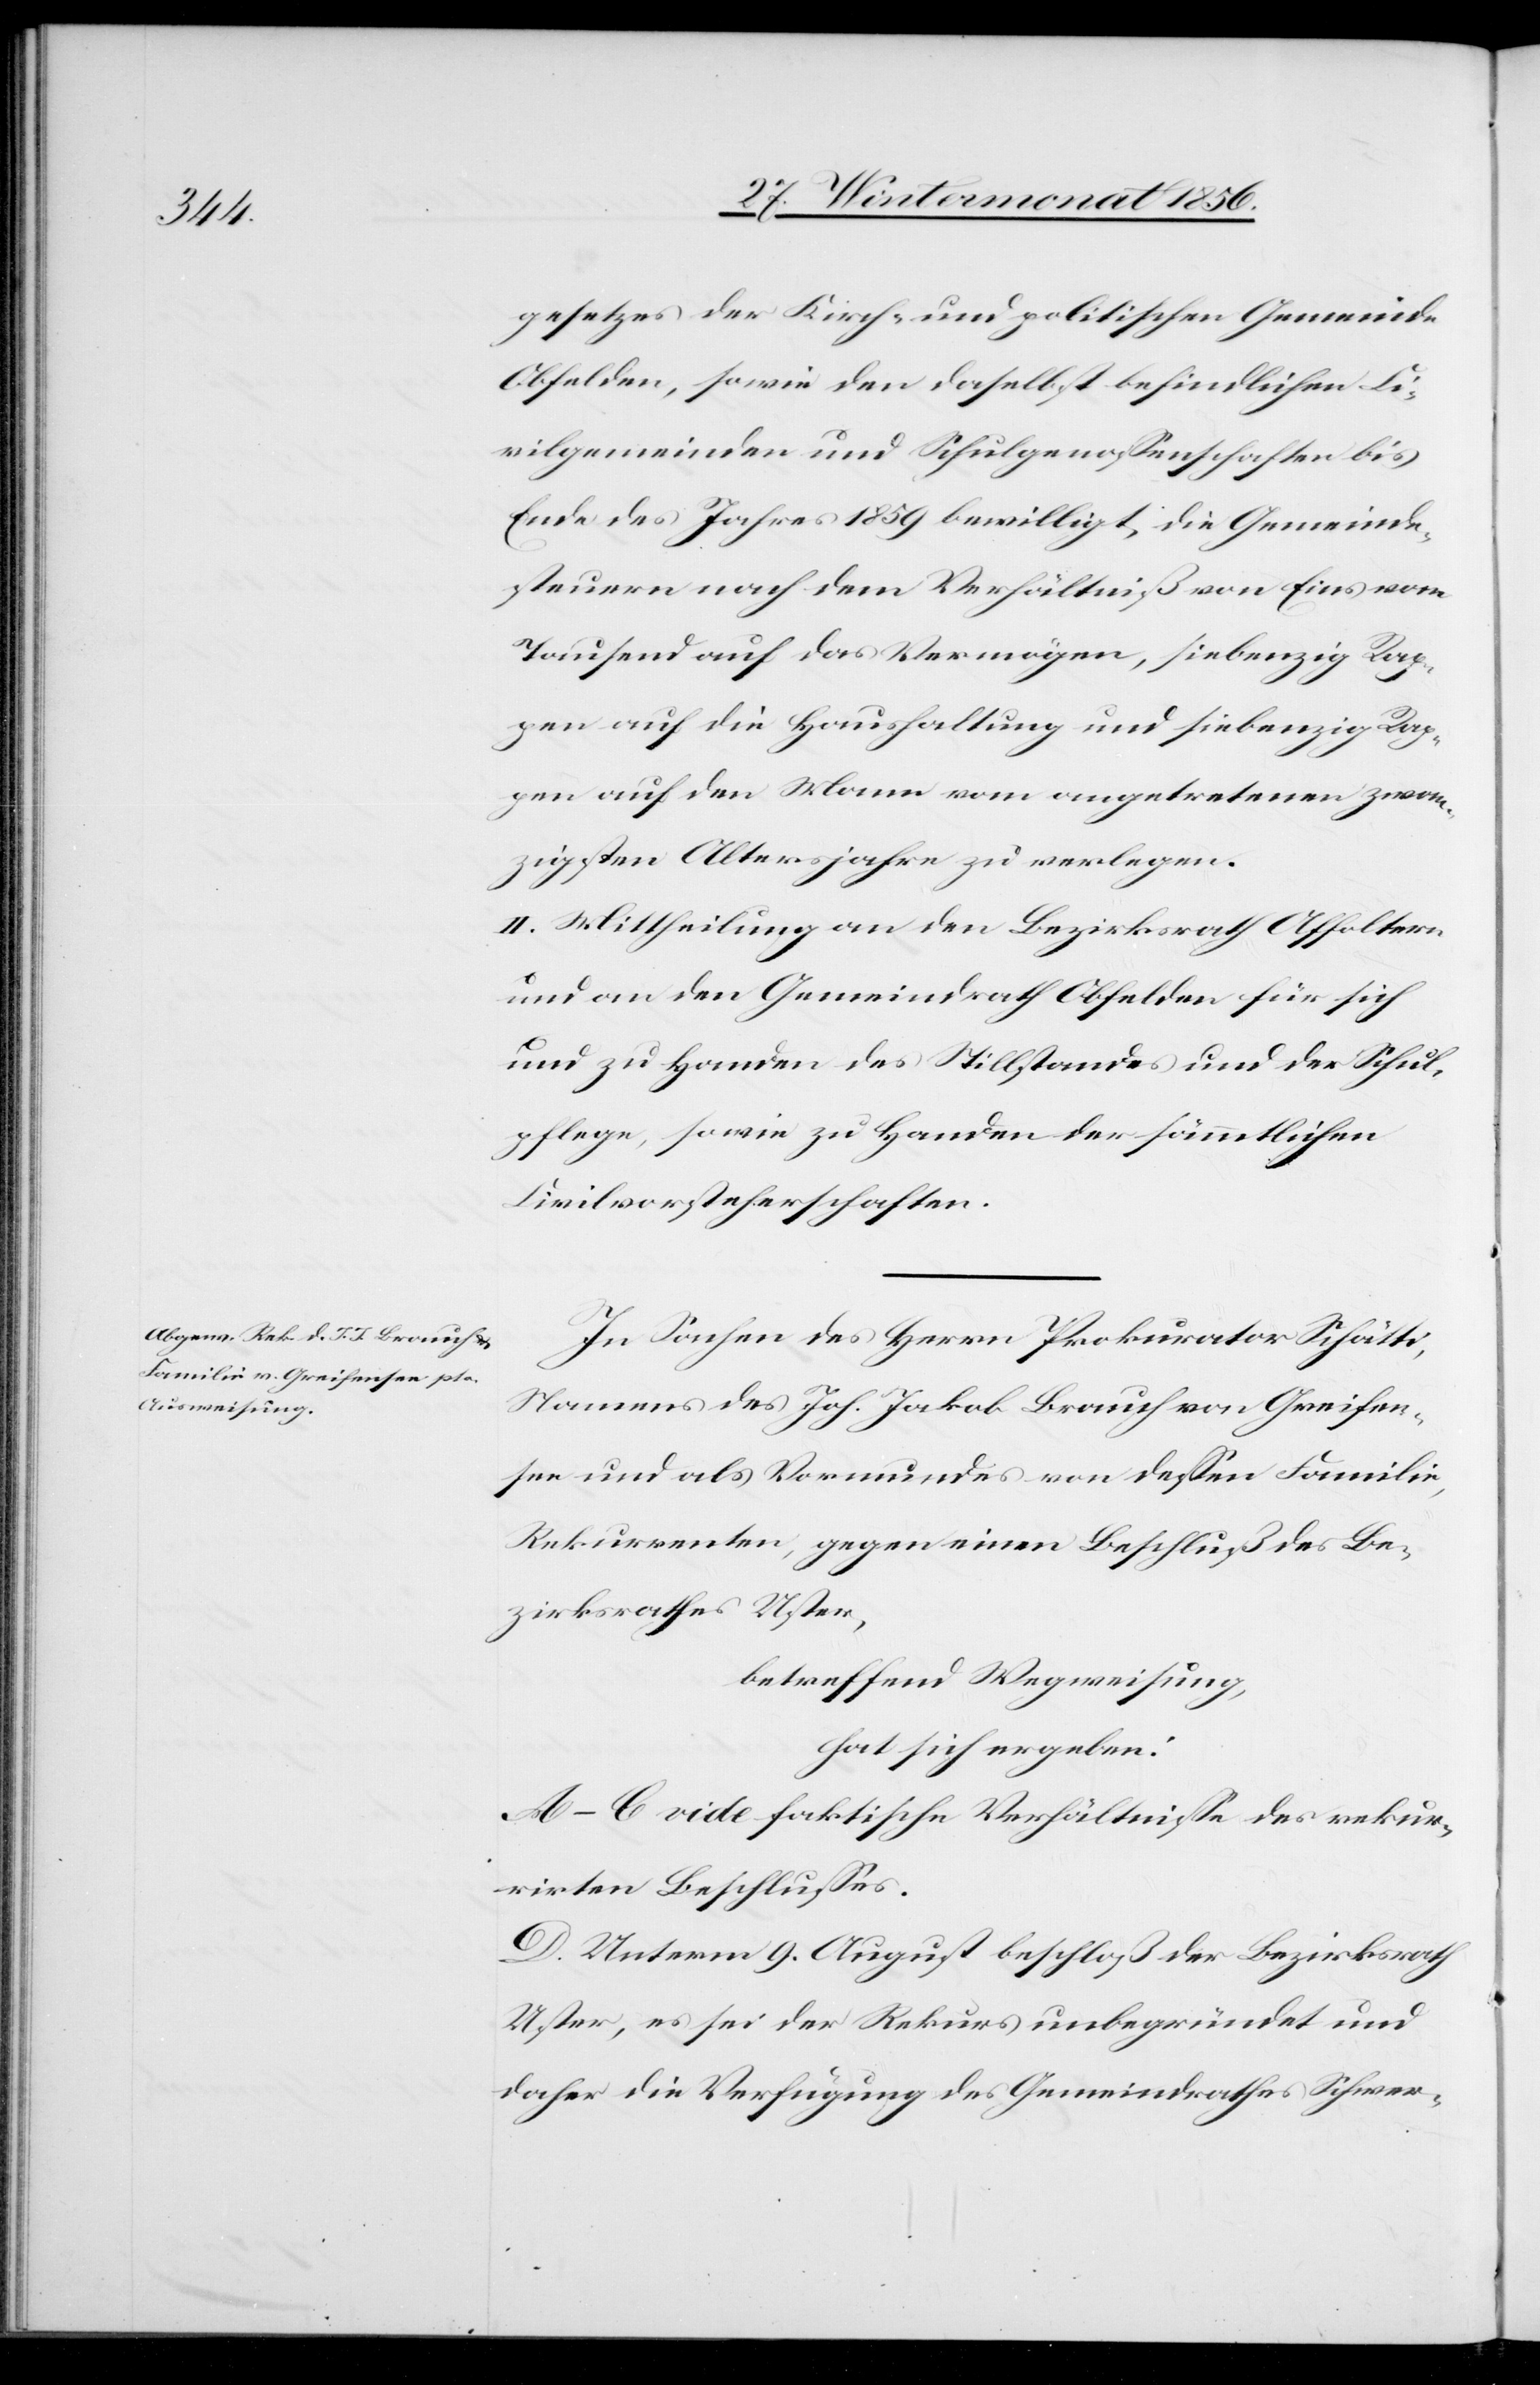
gesetzes der Kirch- und politischen Gemeinde
Obfelden, sowie den daselbst befindlichen Ci¬
vilgemeinden und Schulgenossenschaften bis
Ende des Jahres 1859 bewilligt, die Gemeinde¬
steuern nach dem Verhältniß von Eins vom
Tausend auf das Vermögen, siebenzig Rap¬
pen auf die Haushaltung und siebenzig Rap¬
pen auf den Mann vom angetretenen zwan¬
zigsten Altersjahre zu verlegen.
II. Mittheilung an den Bezirksrath Affoltern
und an den Gemeindrath Obfelden für sich
und zu Handen des Stillstandes und der Schul¬
pflege, sowie zu Handen der sämmtlichen
Civilvorsteherschaften.
In Sachen des Herrn Prokurator Schätti,
Namens des Joh. Jakob Brauch von Greifen¬
see und als Vormundes von dessen Familie,
Rekurrenten, gegen einen Beschluß des Be¬
zirksrathes Uster,
betreffend Wegweisung,
hat sich ergeben:
A–C. vide faktische Verhältnisse des rekur¬
rirten Beschlusses.
D. Unterm 9. August beschloß der Bezirksrath
Uster, es sei der Rekurs unbegründet und
daher die Verfügung des Gemeindrathes Schwer-